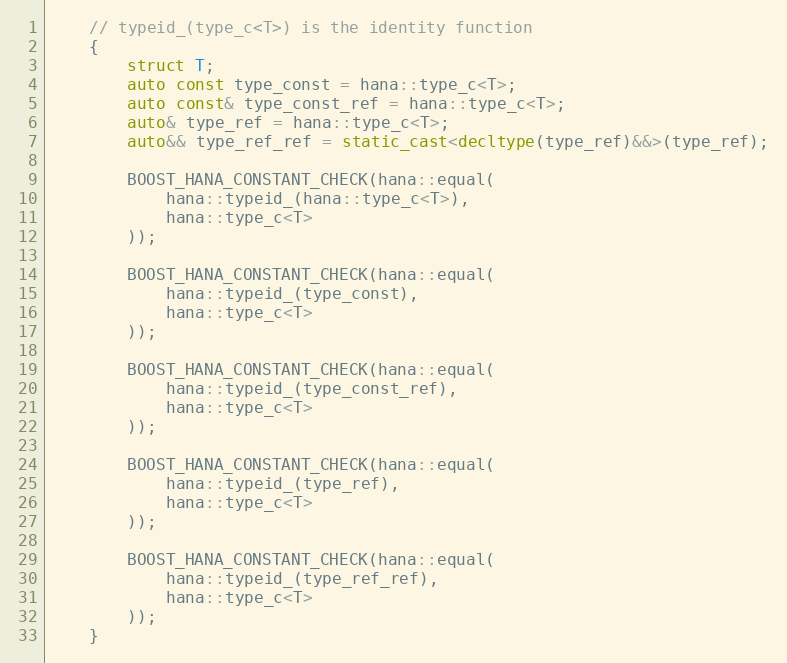
Language: C++
    // typeid_(type_c<T>) is the identity function
    {
        struct T;
        auto const type_const = hana::type_c<T>;
        auto const& type_const_ref = hana::type_c<T>;
        auto& type_ref = hana::type_c<T>;
        auto&& type_ref_ref = static_cast<decltype(type_ref)&&>(type_ref);

        BOOST_HANA_CONSTANT_CHECK(hana::equal(
            hana::typeid_(hana::type_c<T>),
            hana::type_c<T>
        ));

        BOOST_HANA_CONSTANT_CHECK(hana::equal(
            hana::typeid_(type_const),
            hana::type_c<T>
        ));

        BOOST_HANA_CONSTANT_CHECK(hana::equal(
            hana::typeid_(type_const_ref),
            hana::type_c<T>
        ));

        BOOST_HANA_CONSTANT_CHECK(hana::equal(
            hana::typeid_(type_ref),
            hana::type_c<T>
        ));

        BOOST_HANA_CONSTANT_CHECK(hana::equal(
            hana::typeid_(type_ref_ref),
            hana::type_c<T>
        ));
    }